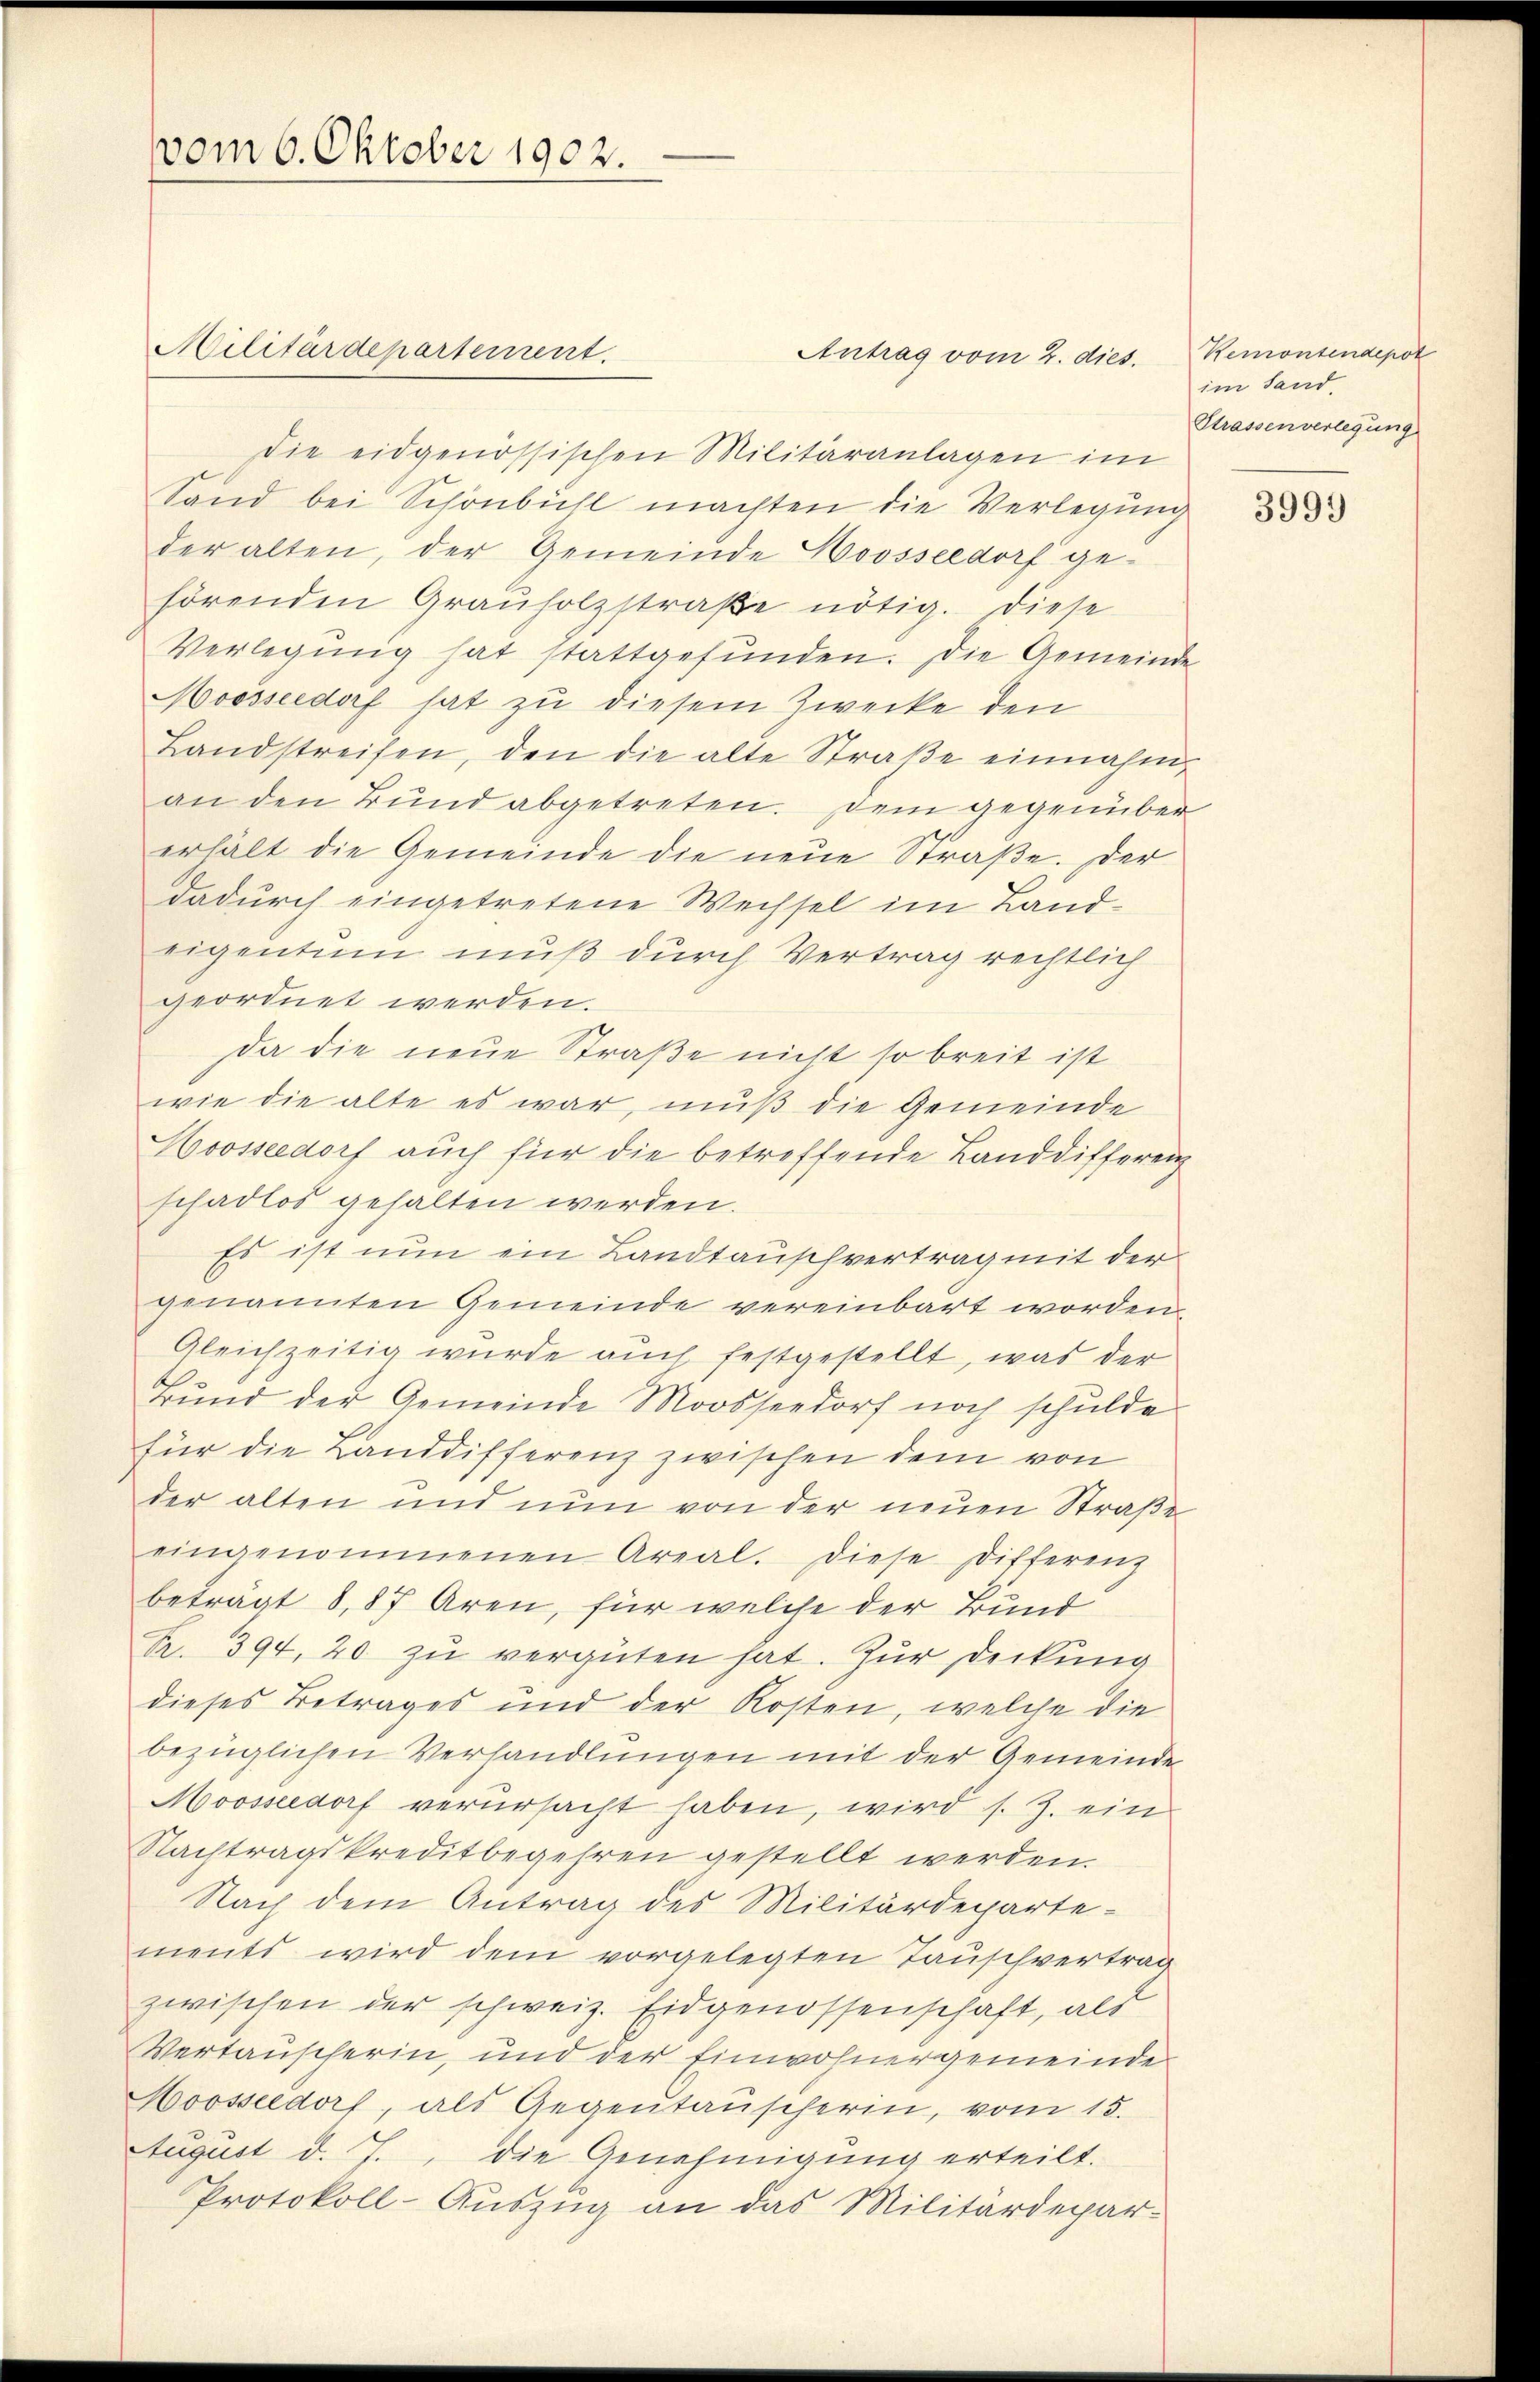
vom 6. Oktober 1902.

Militärdepartement.

Sand bei Schönbühl machten die Verlegung
der alten, der Gemeinde Hoosseedorf gehörenden Grauholzstraβe nötig. Diese
Verlegung hat stattgefunden. Die Gemeinde
Moosseedorf hat zu diesem Zwecke den
Landstreifen, den die alte Straße einnahm
an den Bund abgetreten. Dem gegenüber
erhält die Gemeinde die neue Straße. Der
dadurch eingetretene Wechsel im Landeigentum muß durch Vertrag rechtlich
geordnet werden.
da die neue Straße nicht so breit ist
wie die alte es war, muß die Gemeinde
Hoosseedorf auch für die betreffende Landdifferen
schadlos gehalten werden.
Es ist nun ein Landtauschvertrag mit der
genannten Gemeinde vereinbart worden
Gleichzeitig wurde auch festgestellt, was der
Bund der Gemeinde Moossendorf noch schulde
für die Landdifferenz zwischen dem von
der alten und nun von der neŭen Straße
eingenommenen Areal. Diese Differenz
beträgt 8,87 Aren, für welche der Bund
Fr. 394, 20 zu vergüten hat. Zur Deckung
dieses Betrages und der Kosten, welche die
bezüglichen Verhandlungen mit der Gemeinde
Moosseedorf verursacht haben, wird s. Z. ein
Nachtragskreditbegehren gestellt werden.
Nach dem Antrag des Militärdeparte-
ments wird dem vorgelegten Tauschvertrag
zwischen der schweiz. Eidgenossenschaft, als
Vertauscherin, und der Einwohnergemeinde
Hoosseldorf, als Gegentauscherin, vom 15.
August d. J., die Genehmigung erteilt.
Protokoll-Auszug an das Militärdepar-

Die eidgenössischen Militäranlagen im

Antrag vom 2. dies.

Remonsendepot
im Sand
Strassen verlegung

3993